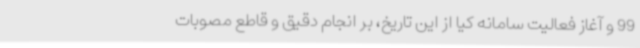
99 و آغاز فعالیت سامانه کیا از این تاریخ، بر انجام دقیق و قاطع مصوبات